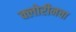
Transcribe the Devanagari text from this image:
क्लोरीनचा